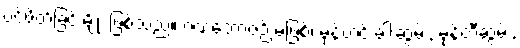
ပင့်ဖိတ်ခြင်းမျိုး ဖြစ်သည်။ ဂဏဘောဇဉ် မဖြစ်၊ မုန့်ဟင်းခါးဆွမ်း, မုန့်တီဆွမ်း,